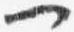
一